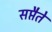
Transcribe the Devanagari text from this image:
सप्तैते